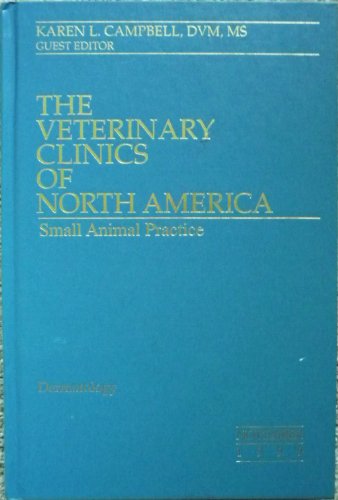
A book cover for The Veterinary Clinics of North America Small Animal Practice Nov 1999 Dermatology; karen l campbell dvm ms; Medical Books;